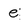
Character: e